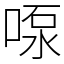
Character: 𫪴